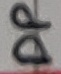
Text: DP